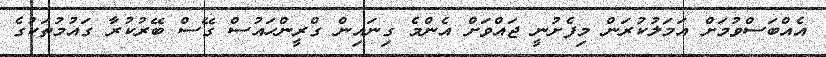
އެއްބަސްވުމަށް އަމަލުކުރަން މިފެށުނީ ޖައްވަށް އެންމެ ގިނައިން ގްރީންހައުސް ގޭސް ބޭރުކުރާ ގައުމުތަކުގެ